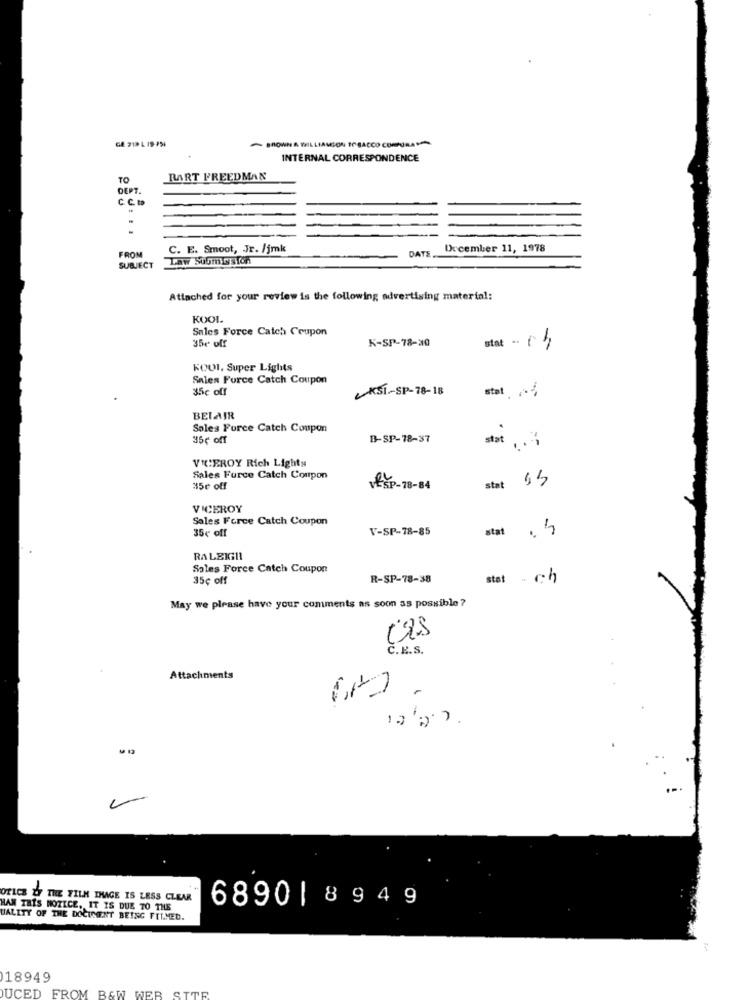
- BROWN A WILLIAMSON DESACCO CORPORA
INTERNAL CORRESPONDENCE
TO
BART FREEDMAN
DEPT.
CCDo
C. E. Smoot, Jr. /jmk
DATE.
December 11, 1978
FROM
Law Submitston
SUBJECT
Attached for your review is the following advertising material:
KOOL
Sales Force Catch Coupon
35r off
K-SP-78-30
stat - 13
KOUI. Super Lights
Sales Force Catch Coupon
35c off
KSI-SP-78-18
stat
BELAIR
Sales Force Catch Coupon
35¢ off
B-SP-78-37
stat .3
VICEROY Rich Lights
Sales Force Catch Coupon
stat 65
35¢ off
VESP-78-84
VICEROY
Sales Force Catch Coupon
35¢ off
V-SP-78-85
stat
RALEIGH
Sales Force Catch Coupon
35¢ off
R-SP-78-38
stat- ch
May we please have your comments as soon as possible ?
C.K.S.
Attachments
OTLCE OF THE FILM IMAGE IS LESS CLEAR
6890 | 8949
HAN THIS NOTICE, IT IS DUE TO THE
UALITY OF THE DOCUMENT BEING FILMED.
18949
UCED FROM B&W WEB SITE